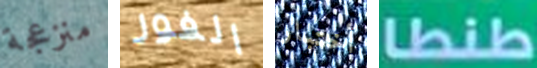
منزعجة الفور أختبار طنطا